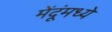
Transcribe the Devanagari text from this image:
मेंदूंमध्ये